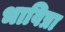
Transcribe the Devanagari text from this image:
भाविप्रा